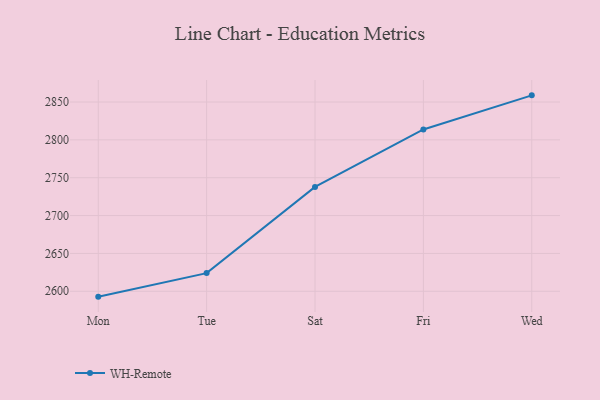
{"axis": {"x": "Day", "y": "Waste Production (Tons)"}, "legend": ["WH-Remote"], "data": [{"x": "Mon", "y": 2592.9, "type": "WH-Remote"}, {"x": "Tue", "y": 2624.0, "type": "WH-Remote"}, {"x": "Sat", "y": 2737.9, "type": "WH-Remote"}, {"x": "Fri", "y": 2813.7, "type": "WH-Remote"}, {"x": "Wed", "y": 2858.8, "type": "WH-Remote"}]}